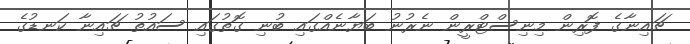
ޗައިނާގެ ފޮރިން މިނިސްޓްރީން ނެރުނު ބަޔާނެއްގައި ބުނި ގޮތުގައި ސައުތު ޗައިނާ ކަނޑުގެ